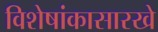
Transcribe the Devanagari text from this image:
विशेषांकासारखे